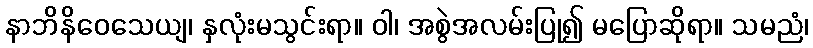
နာဘိနိဝေသေယျ၊ နှလုံးမသွင်းရာ။ ဝါ၊ အစွဲအလမ်းပြု၍ မပြောဆိုရာ။ သမညံ၊